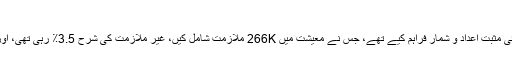
تمام ٹریڈرز NFP کے انتظار میں ہیں
NFP کی 6 دسمبر کو ہونے والی گزشتہ ریلیز نے انتہائی مثبت اعداد و شمار فراہم کیے تھے، جس نے معیشت میں 266K ملازمت شامل کیں، غیر ملازمت کی شرح 3.5٪ رہی تھی، اور اوسطا فی گھنٹہ کی آمدنی میں 0.2 فیصد کا اضافہ ہوا۔